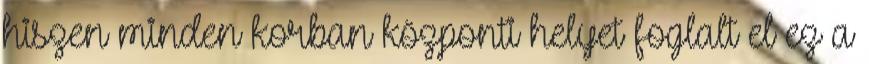
hiszen minden korban központi helyet foglalt el ez a